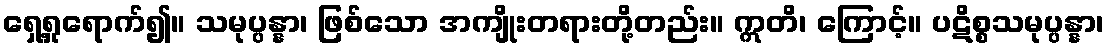
ရှေ့ရှုရောက်၍။ သမုပ္ပန္နာ၊ ဖြစ်သော အကျိုးတရားတို့တည်း။ ဣတိ၊ ကြောင့်။ ပဋိစ္စသမုပ္ပန္နာ၊